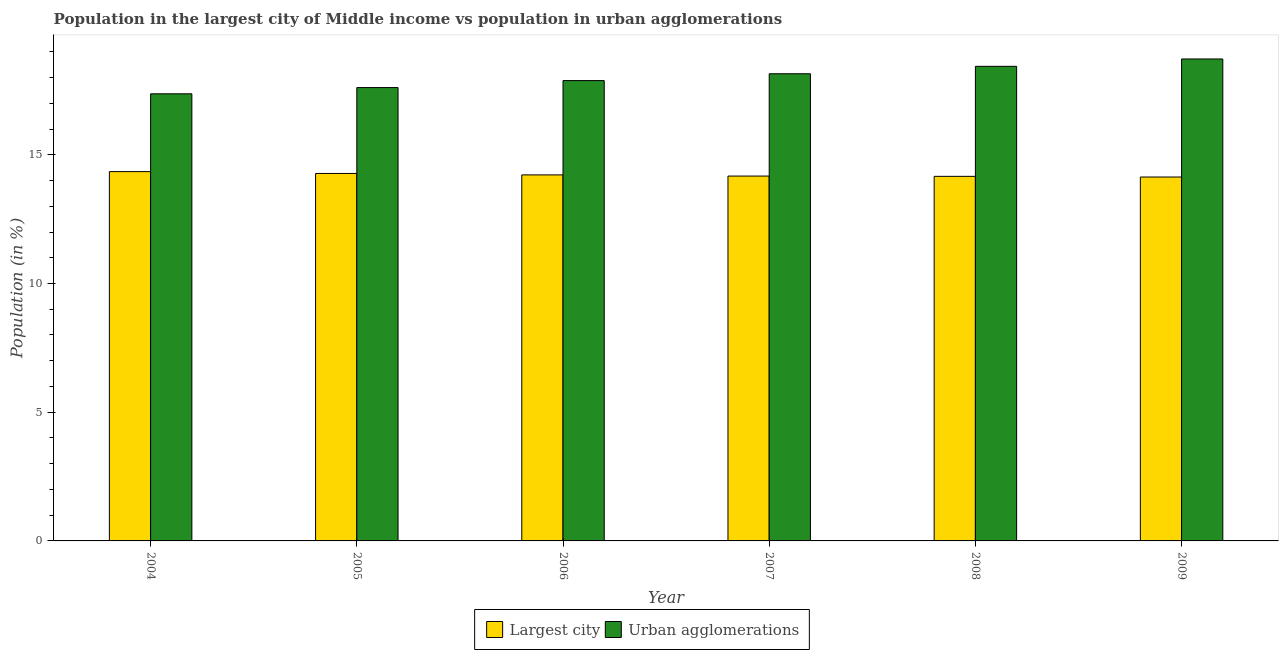
| Year | Largest city | Urban agglomerations |
 | --- | --- | --- |
 | 2004 | 14.3 | 17.4 |
 | 2005 | 14.3 | 17.6 |
 | 2006 | 14.2 | 17.9 |
 | 2007 | 14.2 | 18.1 |
 | 2008 | 14.2 | 18.4 |
 | 2009 | 14.1 | 18.7 |